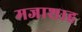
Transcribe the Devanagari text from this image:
मजाशाह